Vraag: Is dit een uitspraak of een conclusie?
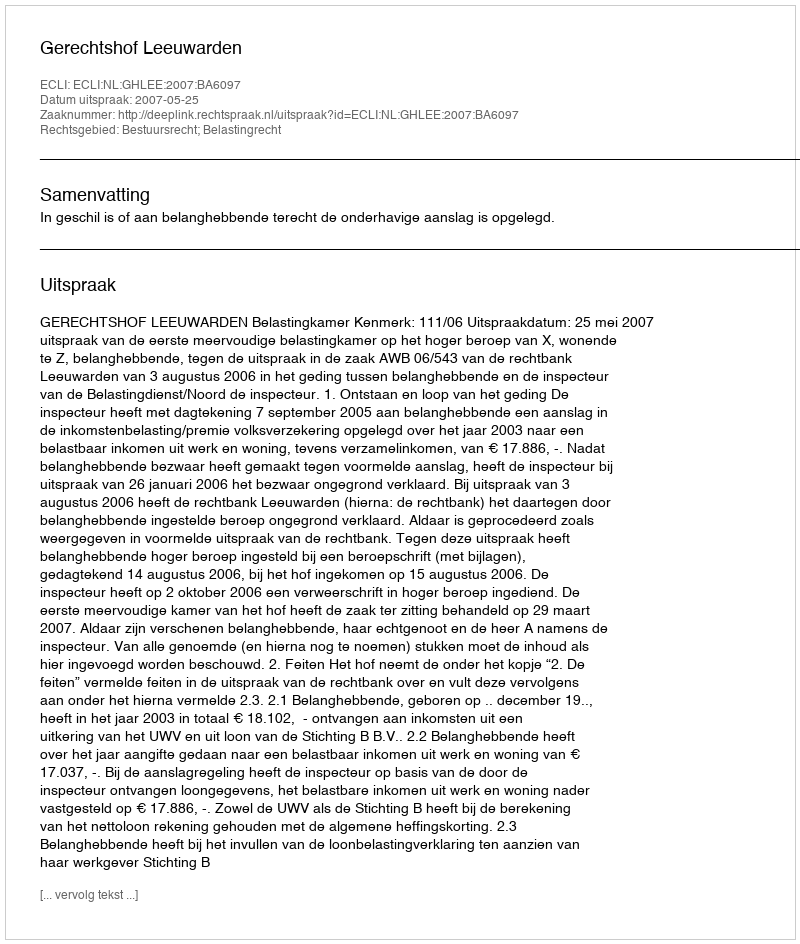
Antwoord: Uitspraak